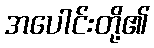
အပေါင်းတို့၏